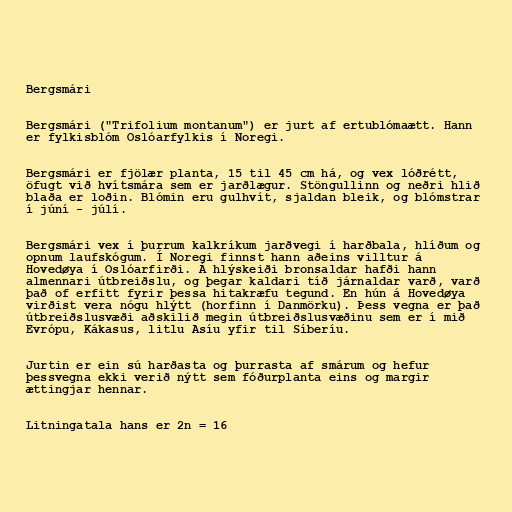
Bergsmári

Bergsmári ("Trifolium montanum") er jurt af ertublómaætt. Hann
er fylkisblóm Oslóarfylkis í Noregi.

Bergsmári er fjölær planta, 15 til 45 cm há, og vex lóðrétt,
öfugt við hvítsmára sem er jarðlægur. Stöngullinn og neðri hlið
blaða er loðin. Blómin eru gulhvít, sjaldan bleik, og blómstrar
í júní - júlí.

Bergsmári vex í þurrum kalkríkum jarðvegi í harðbala, hlíðum og
opnum laufskógum. Í Noregi finnst hann aðeins villtur á
Hovedøya í Oslóarfirði. Á hlýskeiði bronsaldar hafði hann
almennari útbreiðslu, og þegar kaldari tíð járnaldar varð, varð
það of erfitt fyrir þessa hitakræfu tegund. En hún á Hovedøya
virðist vera nógu hlýtt (horfinn í Danmörku). Þess vegna er það
útbreiðslusvæði aðskilið megin útbreiðslusvæðinu sem er í mið
Evrópu, Kákasus, litlu Asíu yfir til Síberíu.

Jurtin er ein sú harðasta og þurrasta af smárum og hefur
þessvegna ekki verið nýtt sem fóðurplanta eins og margir
ættingjar hennar.

Litningatala hans er 2n = 16